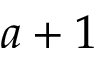
a + 1